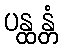
ပန္ထန္တံ